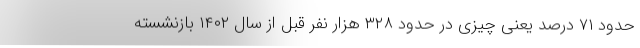
حدود ۷۱ درصد یعنی چیزی در حدود ۳۲۸ هزار نفر قبل از سال ۱۴۰۲ بازنشسته